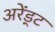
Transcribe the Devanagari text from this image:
अरेंड्ट